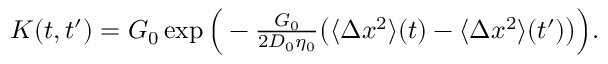
\begin{array} { r } { K ( t , t ^ { \prime } ) = G _ { 0 } \exp \Big ( - \frac { G _ { 0 } } { 2 D _ { 0 } \eta _ { 0 } } \big ( \langle \Delta x ^ { 2 } \rangle ( t ) - \langle \Delta x ^ { 2 } \rangle ( t ^ { \prime } ) \big ) \Big ) . } \end{array}